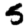
Digit: 5